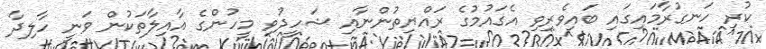
ކުރި ހަނގުރާމައިގައި ބައިވެރިވި އެގައުމުގެ ރައްޔިތުންނާއި ޝަހީދުވި މީހުންގެ އާއިލާތަކުން ވަނީ ހާލިދާ